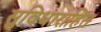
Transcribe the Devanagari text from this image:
सुविधाराहित